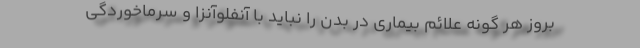
بروز هر گونه علائم بیماری در بدن را نباید با آنفلوآنزا و سرماخوردگی